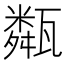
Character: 甐